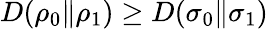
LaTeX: D(\rho_{0}\| \rho_{1})\geq D(\sigma_{0}\| \sigma_{1})